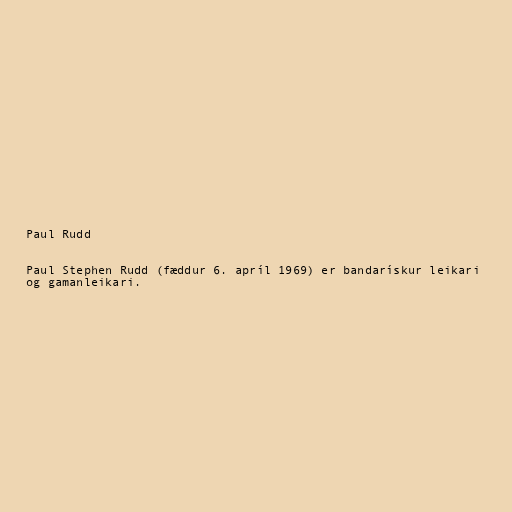
Paul Rudd

Paul Stephen Rudd (fæddur 6. apríl 1969) er bandarískur leikari
og gamanleikari.